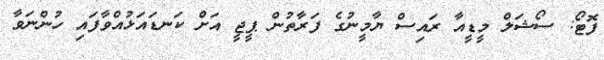
ފޮޓޯ: ސޯޝަލް މީޑީއާ ރައިސް ޔާމީނުގެ ފަރާތުން ޕީޖީ އަށް ކަނޑައަޅުއްވާފައި ހުންނަވާ